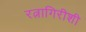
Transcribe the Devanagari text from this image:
रत्नागिरीशी